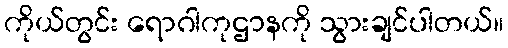
ကိုယ်တွင်း ရောဂါကုဌာနကို သွားချင်ပါတယ်။